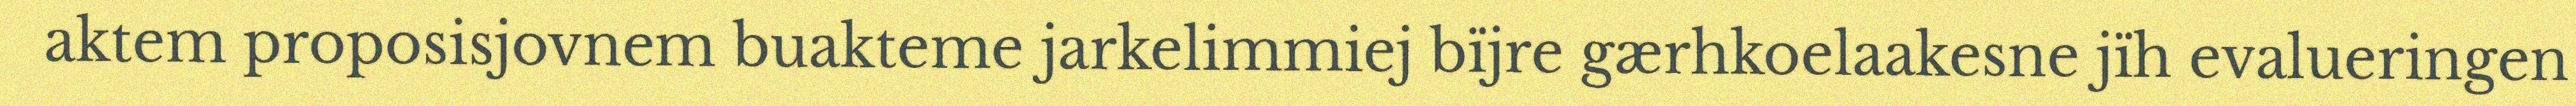
aktem proposisjovnem buakteme jarkelimmiej bïjre gærhkoelaakesne jïh evalueringen